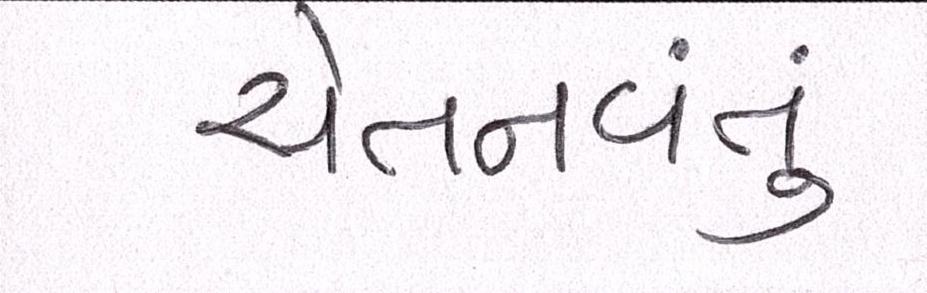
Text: ચેતનવંતું